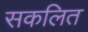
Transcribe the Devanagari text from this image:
सकलित